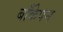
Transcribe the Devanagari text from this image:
बाँकेपन